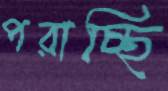
পরাচ্ছি